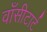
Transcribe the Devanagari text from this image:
वाँसीटार्ट